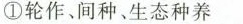
①轮作、间种、生态种养